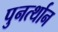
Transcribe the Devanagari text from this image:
पुनर्त्थान